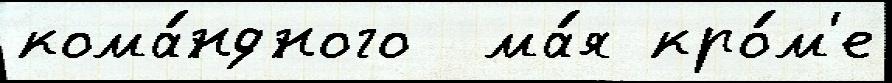
кома́ндного  ма́я кро́м'е